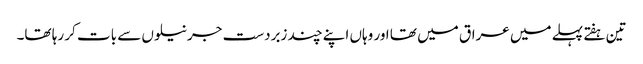
تین ہفتے پہلے میں عراق میں تھا اور وہاں اپنے چند زبردست جرنیلوں سے بات کر رہا تھا۔